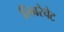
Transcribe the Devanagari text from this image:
लिबरेचेट